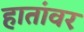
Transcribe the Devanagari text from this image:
हातांवर